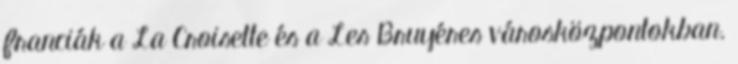
franciák a La Croisette és a Les Bruyéres városközpontokban.